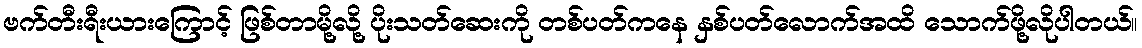
ဗက်တီးရီးယားကြောင့် ဖြစ်တာမို့လို့ ပိုးသတ်ဆေးကို တစ်ပတ်ကနေ နှစ်ပတ်လောက်အထိ သောက်ဖို့လိုပါတယ်။